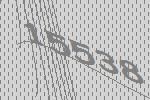
15538